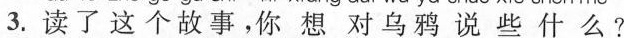
3.读了这个故事。你想对乌鸦说些什么？